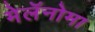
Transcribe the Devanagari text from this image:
मेलॅनोमा